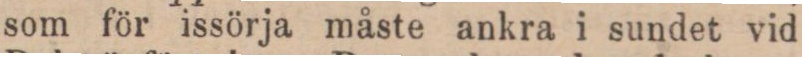
som för issörja måste ankra i sundet vid